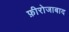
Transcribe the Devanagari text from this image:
फ़ीरोजाबाद